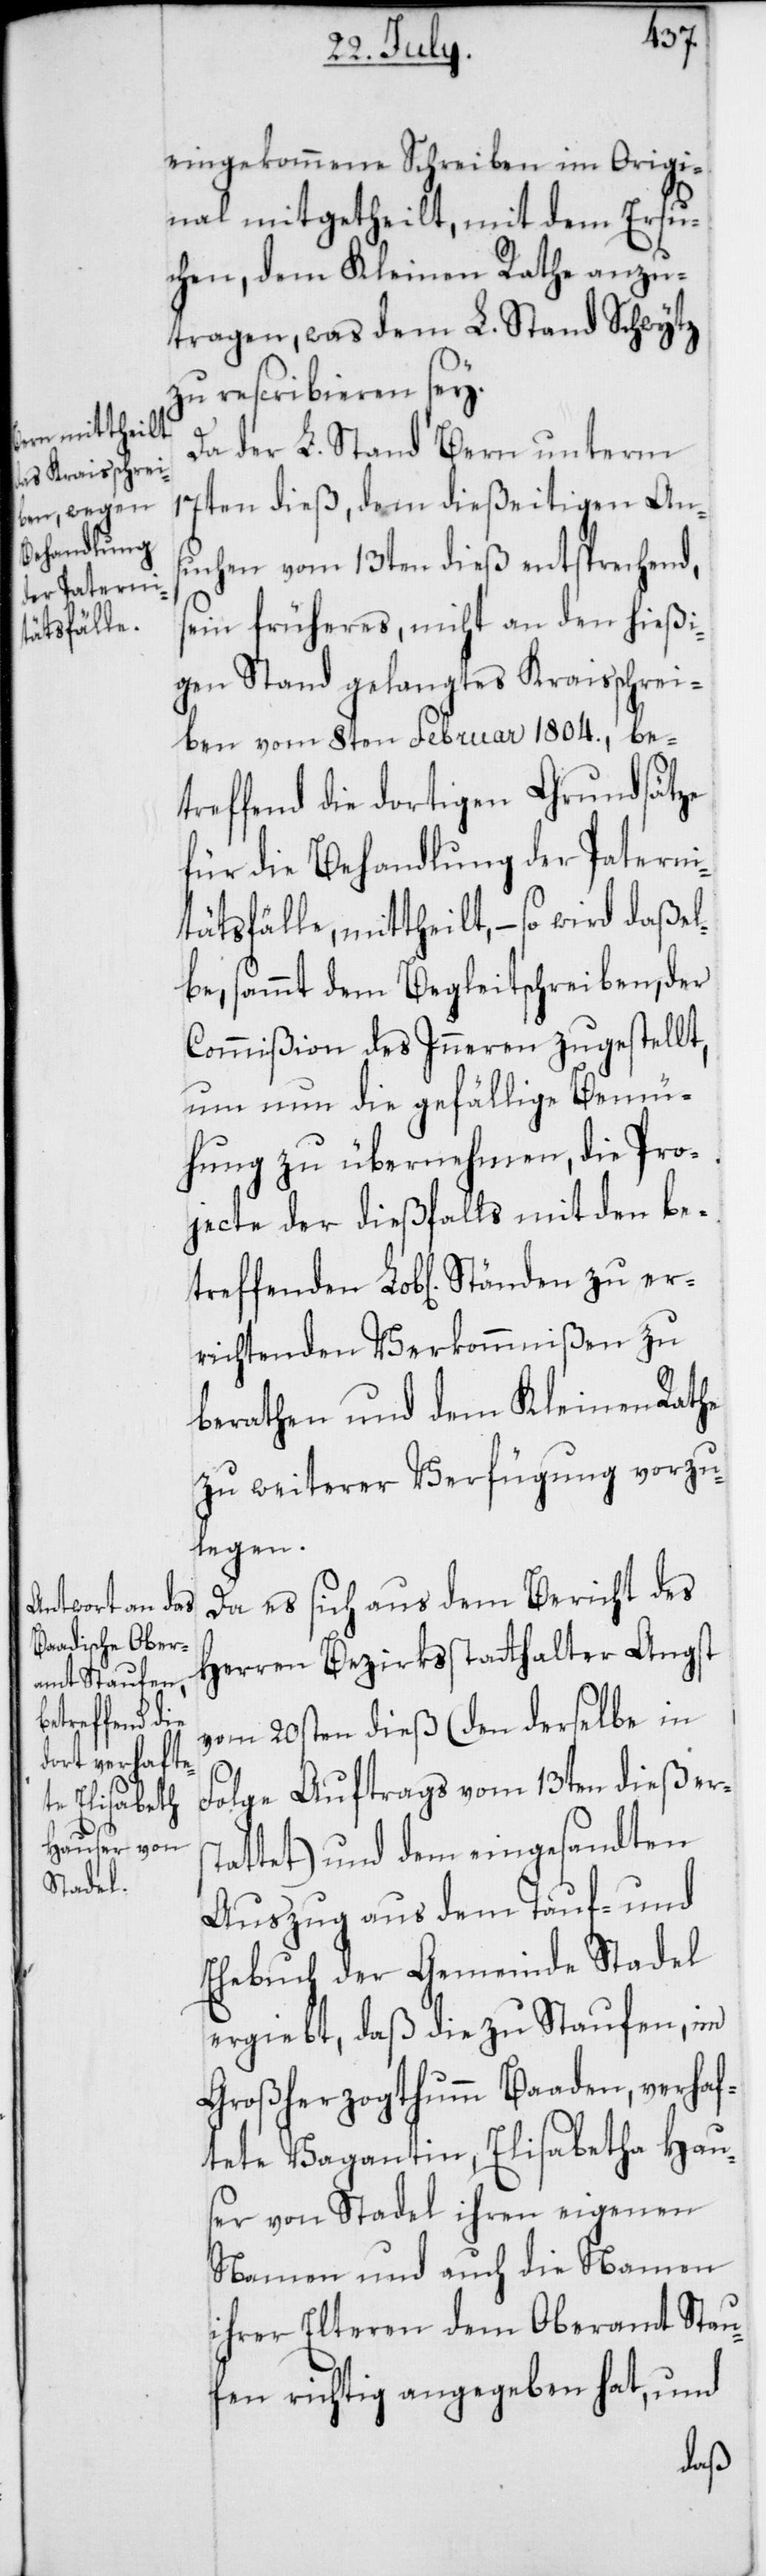
treffenden

zu er¬
eingekommene Schreiben im Origi¬
nal mitgetheilt, mit dem Ersu¬
chen, dem Kleinen Rathe anzu¬
tragen, was dem L. Stand Schwytz
zu rescribieren sey.
Da der L. Stand Bern unterm
17ten dieß, dem dießeitigen An¬
suchen vom 13ten dieß entsprechend,
sein früheres, nicht an den hießi¬
gen Stand gelangtes Kraisschrei¬
ben vom 8ten Februar 1804., be¬
treffend die dortigen Grundsätze
für die Behandlung der Paterni¬
tätsfälle, mittheilt, – so wird daßel¬
be, sammt dem Begleitschreiben, der
Komißion des Inneren zugestellt,
um nun die gefällige Bemü¬
hung zu übernehmen, die Pro¬
jecte der dießfalls mit den be¬
richtenden Verkommnißen zu
berathen und dem Kleinen Rathe
zu weiterer Verfügung vorzu¬
legen.
Da es sich aus dem Bericht des
Herren Bezirksstatthalter Angst
vom 20sten dieß (den derselbe in
Folge Auftrags vom 13ten dieß ers¬
tattet) und dem eingesandten
Auszug aus dem Tauf- und
Ehebuch der Gemeinde Stadel
ergiebt, daß die zu Staufen, im
Großherzogthum Baaden, verhaf¬
tete Vagantin, Elisabetha
er von Stadel ihren eigenen
Namen und auch die Namen
ihrer Elteren dem Oberamt Stau¬
fen richtig angegeben hat, und
Haus¬